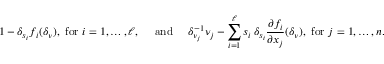
1 - \delta _ { s _ { i } } f _ { i } ( \delta _ { \nu } ) , \mathrm { ~ f o r ~ } i = 1 , \ldots , \ell , \quad \mathrm { ~ a n d ~ } \quad \delta _ { \nu _ { j } } ^ { - 1 } \nu _ { j } - \sum _ { i = 1 } ^ { \ell } s _ { i } \, \delta _ { s _ { i } } \frac { \partial f _ { i } } { \partial x _ { j } } ( \delta _ { \nu } ) , \mathrm { ~ f o r ~ } j = 1 , \ldots , n .